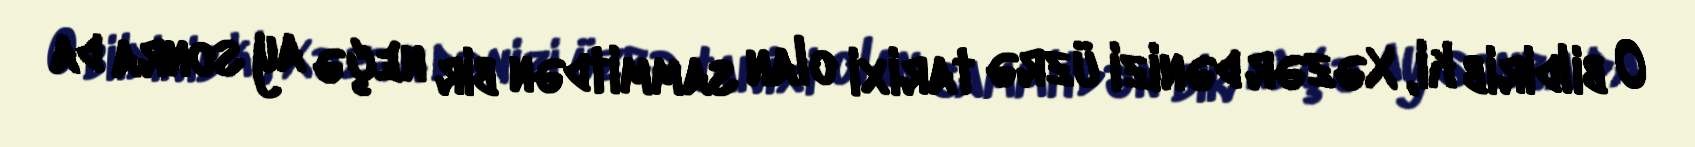
O bildirib ki, Xəzər dənizi üzrə tarixi olan sammitdən bir neçə ay sonra da